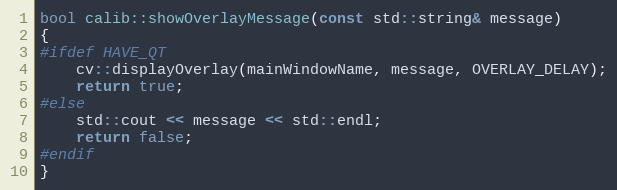
Language: C++
bool calib::showOverlayMessage(const std::string& message)
{
#ifdef HAVE_QT
    cv::displayOverlay(mainWindowName, message, OVERLAY_DELAY);
    return true;
#else
    std::cout << message << std::endl;
    return false;
#endif
}